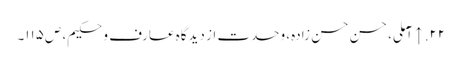
۲۲. ↑ آملی، حسن حسن زادہ، وحدت از دیدگاه عارف و حکیم، ص‌۱۱۵۔